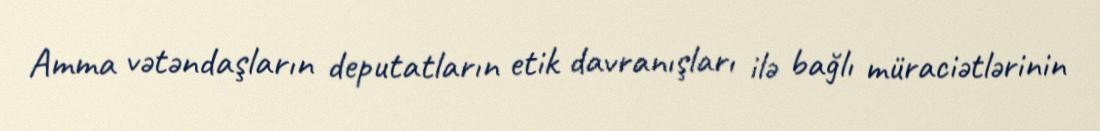
Amma vətəndaşların deputatların etik davranışları ilə bağlı müraciətlərinin